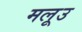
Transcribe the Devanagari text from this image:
मलूउ